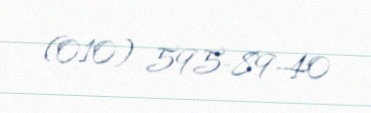
(010) 595-89-40